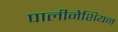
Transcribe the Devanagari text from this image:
पालीनेशियन